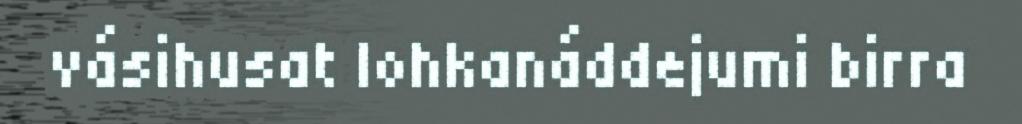
vásihusat lohkanáddejumi birra